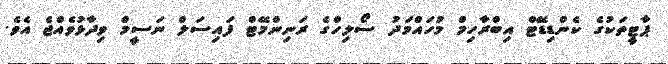
ޕާޓީތަކުގެ ކެންޑިޑޭޓް އިބްރާހިމް މުހައްމަދު ސޯލިހްގެ ރަނިންމޭޓް ފައިސަލް ނަސީމް ވިދާޅުވެއްޖެ އެވެ.